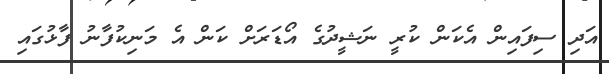
އަދި ސިފައިން އެކަން ކުރީ ނަޝީދުގެ އޯޑަރަށް ކަން އެ މަނިކުފާނު ފާޅުގައި